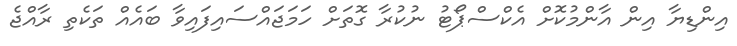
އިންޑިޔާ އިން އާންމުކޮށް އެކްސްޕޯޓު ނުކުރާ ގޮތަށް ހަމަޖައްސައިފައިވާ ބައެއް ތަކެތި ރާއްޖެ